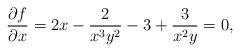
LaTeX: \begin{align*} \frac{\partial f}{\partial x}=2x-\frac{2}{x^3y^2}-3+\frac{3}{x^2y}=0,\end{align*}